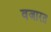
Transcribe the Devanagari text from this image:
वजारत